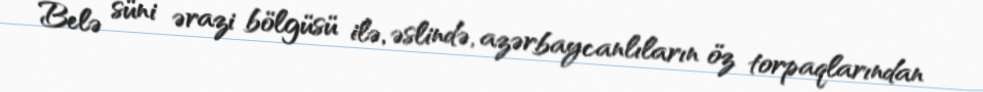
Belə süni ərazi bölgüsü ilə, əslində, azərbaycanlıların öz torpaqlarından